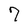
Character: 7